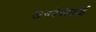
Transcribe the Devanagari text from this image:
जयदेवीताई